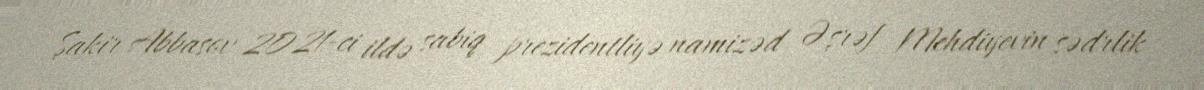
Şakir Abbasov 2021-ci ildə sabiq prezidentliyə namizəd Əşrəf Mehdiyevin sədrlik